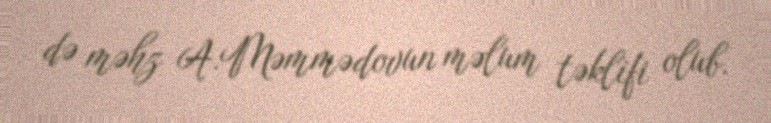
də məhz A.Məmmədovun məlum təklifi olub.